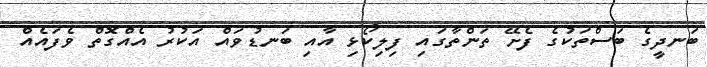
ބަނދީގެ ބަސްތަކުގެ ފެށޭ ތަންތާގައި ފިލިކޯޅި އާއި ބަނޑުވައް އަކުރު އެއްގޮތް ވެފައެއް